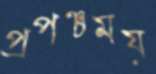
প্রপঞ্চময়